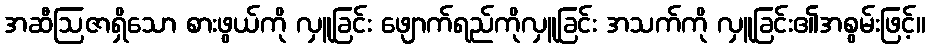
အဆီဩဇာရှိသော စားဖွယ်ကို လှူခြင်း ဖျောက်ရည်ကိုလှူခြင်း အသက်ကို လှူခြင်း၏အစွမ်းဖြင့်။